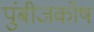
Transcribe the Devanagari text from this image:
पुंबीजकोष